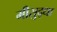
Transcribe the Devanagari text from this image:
मीसुद्धा